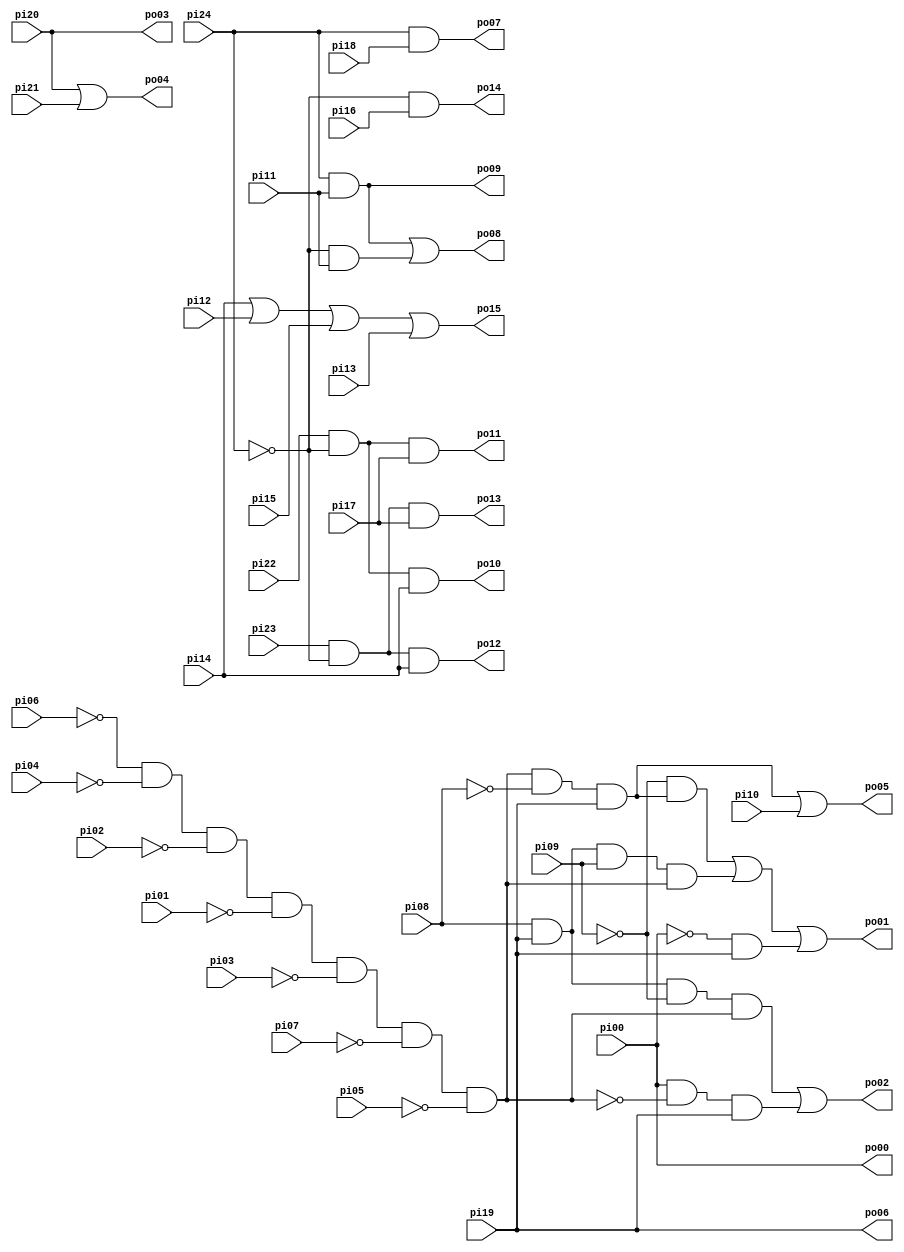
// Benchmark "i1" written by ABC on Thu Mar 19 13:02:36 2020

module i1 ( 
    pi00, pi01, pi02, pi03, pi04, pi05, pi06, pi07, pi08, pi09, pi10, pi11,
    pi12, pi13, pi14, pi15, pi16, pi17, pi18, pi19, pi20, pi21, pi22, pi23,
    pi24,
    po00, po01, po02, po03, po04, po05, po06, po07, po08, po09, po10, po11,
    po12, po13, po14, po15  );
  input  pi00, pi01, pi02, pi03, pi04, pi05, pi06, pi07, pi08, pi09,
    pi10, pi11, pi12, pi13, pi14, pi15, pi16, pi17, pi18, pi19, pi20, pi21,
    pi22, pi23, pi24;
  output po00, po01, po02, po03, po04, po05, po06, po07, po08, po09, po10,
    po11, po12, po13, po14, po15;
  wire new_n42_, new_n43_, new_n44_, new_n45_, new_n46_, new_n47_, new_n48_,
    new_n49_, new_n50_, new_n51_, new_n52_, new_n53_, new_n54_, new_n55_,
    new_n56_, new_n57_, new_n58_, new_n59_, new_n65_, new_n66_;
  assign new_n42_ = ~pi01;
  assign new_n43_ = ~pi02;
  assign new_n44_ = ~pi03;
  assign new_n45_ = ~pi04;
  assign new_n46_ = ~pi05;
  assign new_n47_ = ~pi06;
  assign new_n48_ = ~pi07;
  assign new_n49_ = new_n47_ & new_n45_ & new_n43_ & new_n42_ & new_n44_ & new_n48_ & new_n46_;
  assign new_n50_ = ~pi00;
  assign new_n51_ = new_n50_ & pi19;
  assign new_n52_ = ~pi08;
  assign new_n53_ = new_n49_ & new_n52_ & pi19;
  assign new_n54_ = ~pi09;
  assign new_n55_ = new_n54_ & new_n53_;
  assign new_n56_ = pi08 & pi19 & pi09 & new_n49_;
  assign new_n57_ = ~new_n49_;
  assign new_n58_ = pi00 & new_n57_ & pi19;
  assign new_n59_ = pi08 & pi19 & new_n54_ & new_n49_;
  assign po01 = new_n55_ | new_n56_ | new_n51_;
  assign po02 = new_n59_ | new_n58_;
  assign po04 = pi20 | pi21;
  assign po05 = new_n53_ | pi10;
  assign po07 = pi24 & pi18;
  assign new_n65_ = ~pi24;
  assign new_n66_ = new_n65_ & pi11;
  assign po09 = pi24 & pi11;
  assign po10 = pi22 & new_n65_ & pi14;
  assign po11 = pi22 & new_n65_ & pi17;
  assign po12 = pi23 & new_n65_ & pi14;
  assign po13 = pi23 & new_n65_ & pi17;
  assign po14 = new_n65_ & pi16;
  assign po08 = po09 | new_n66_;
  assign po15 = pi14 | pi12 | pi15 | pi13;
  assign po00 = pi00;
  assign po03 = pi20;
  assign po06 = pi19;
endmodule